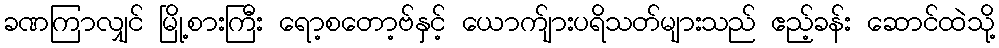
ခဏကြာလျှင် မြို့စားကြီး ရော့စတော့ဗ်နှင့် ယောက်ျားပရိသတ်များသည် ဧည့်ခန်း ဆောင်ထဲသို့